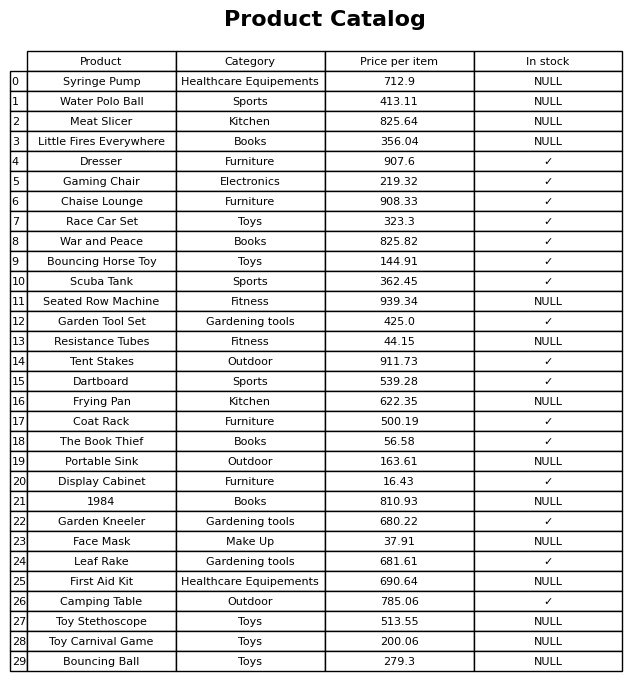
question: Is the Dartboard in stock?
answer: ✓